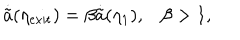
LaTeX: \dot { \tilde { a } } ( \eta _ { \mathrm { e x i t } } ) = \beta \dot { \tilde { a } } ( \eta _ { 1 } ) , \beta > 1 ,